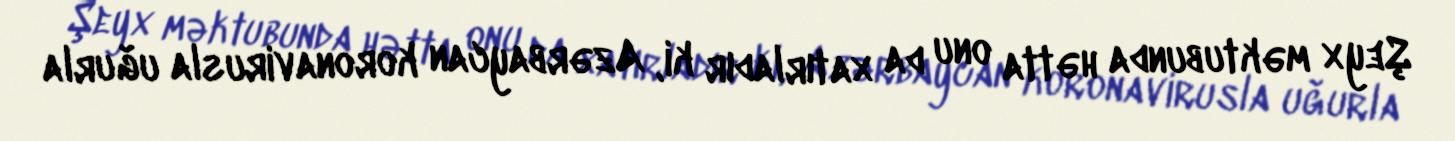
Şeyx məktubunda hətta onu da xatırladır ki, Azərbaycan koronavirusla uğurla